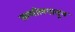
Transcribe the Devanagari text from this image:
सम्मीलनातून